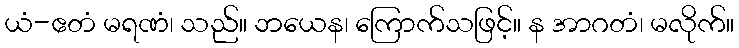
ယံ-ဧတံ မရဏံ၊ သည်။ ဘယေန၊ ကြောက်သဖြင့်။ န အာဂတံ၊ မလိုက်။